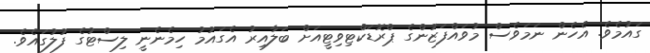
ގައުމެވެ. އެހެން ނަމަވެސް މުވައްފަޒުންގެ ޕްރޮޑަކްޓިވިޓީއަށް ބަލާއިރު އެގައުމު ހިމެނެނީ ލިސްޓުގެ ފުލުގައެވެ.